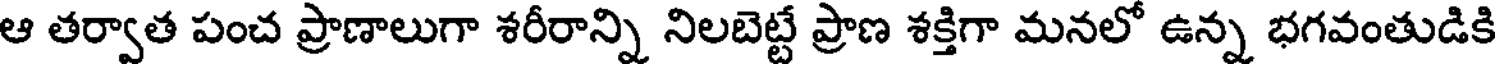
ఆ తర్వాత పంచ ప్రాణాలుగా శరీరాన్ని నిలబెట్టే ప్రాణ శక్తిగా మనలో ఉన్న భగవంతుడికి